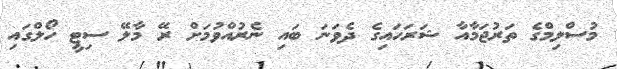
މުސްލިމްގެ ތަރުޖަމާއާ ޝަރަހައިގެ ދެވަނަ ބައި ނެރުއްވުމަށް ރޭ މާލޭ ސިޓީ ހޯލްގައި